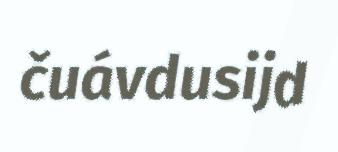
čuávdusijd